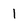
Character: l